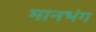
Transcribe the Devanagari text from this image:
मानभंग